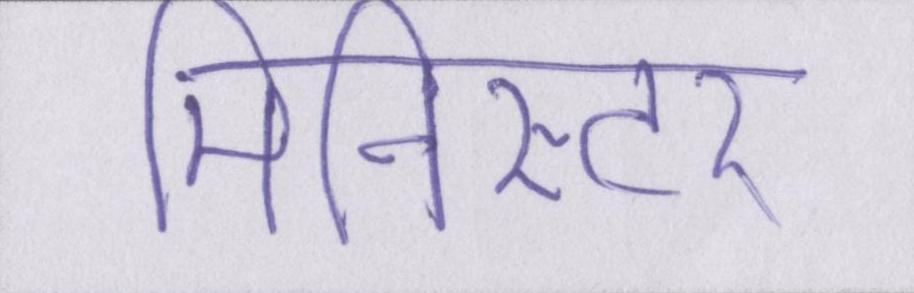
मिनिस्टर